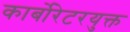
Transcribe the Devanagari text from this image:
कार्बोरेटरयुक्त